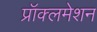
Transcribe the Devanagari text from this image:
प्रॉक्लमेशन